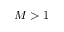
M > 1